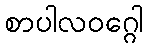
စာပါလဝဂ္ဂေါ